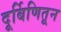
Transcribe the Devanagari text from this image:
दूर्बिणितून